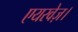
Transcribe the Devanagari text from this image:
एयरवेज़।